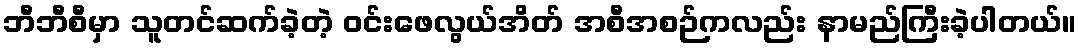
ဘီဘီစီမှာ သူတင်ဆက်ခဲ့တဲ့ ဝင်းဖေလွယ်အိတ် အစီအစဉ်ကလည်း နာမည်ကြီးခဲ့ပါတယ်။